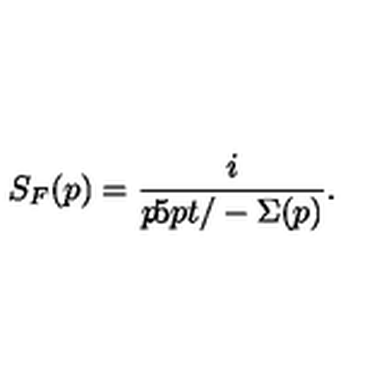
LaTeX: S _ { F } ( p ) = \frac { i } { p { \kern - 4 . 5 p t / } - \Sigma ( p ) } .